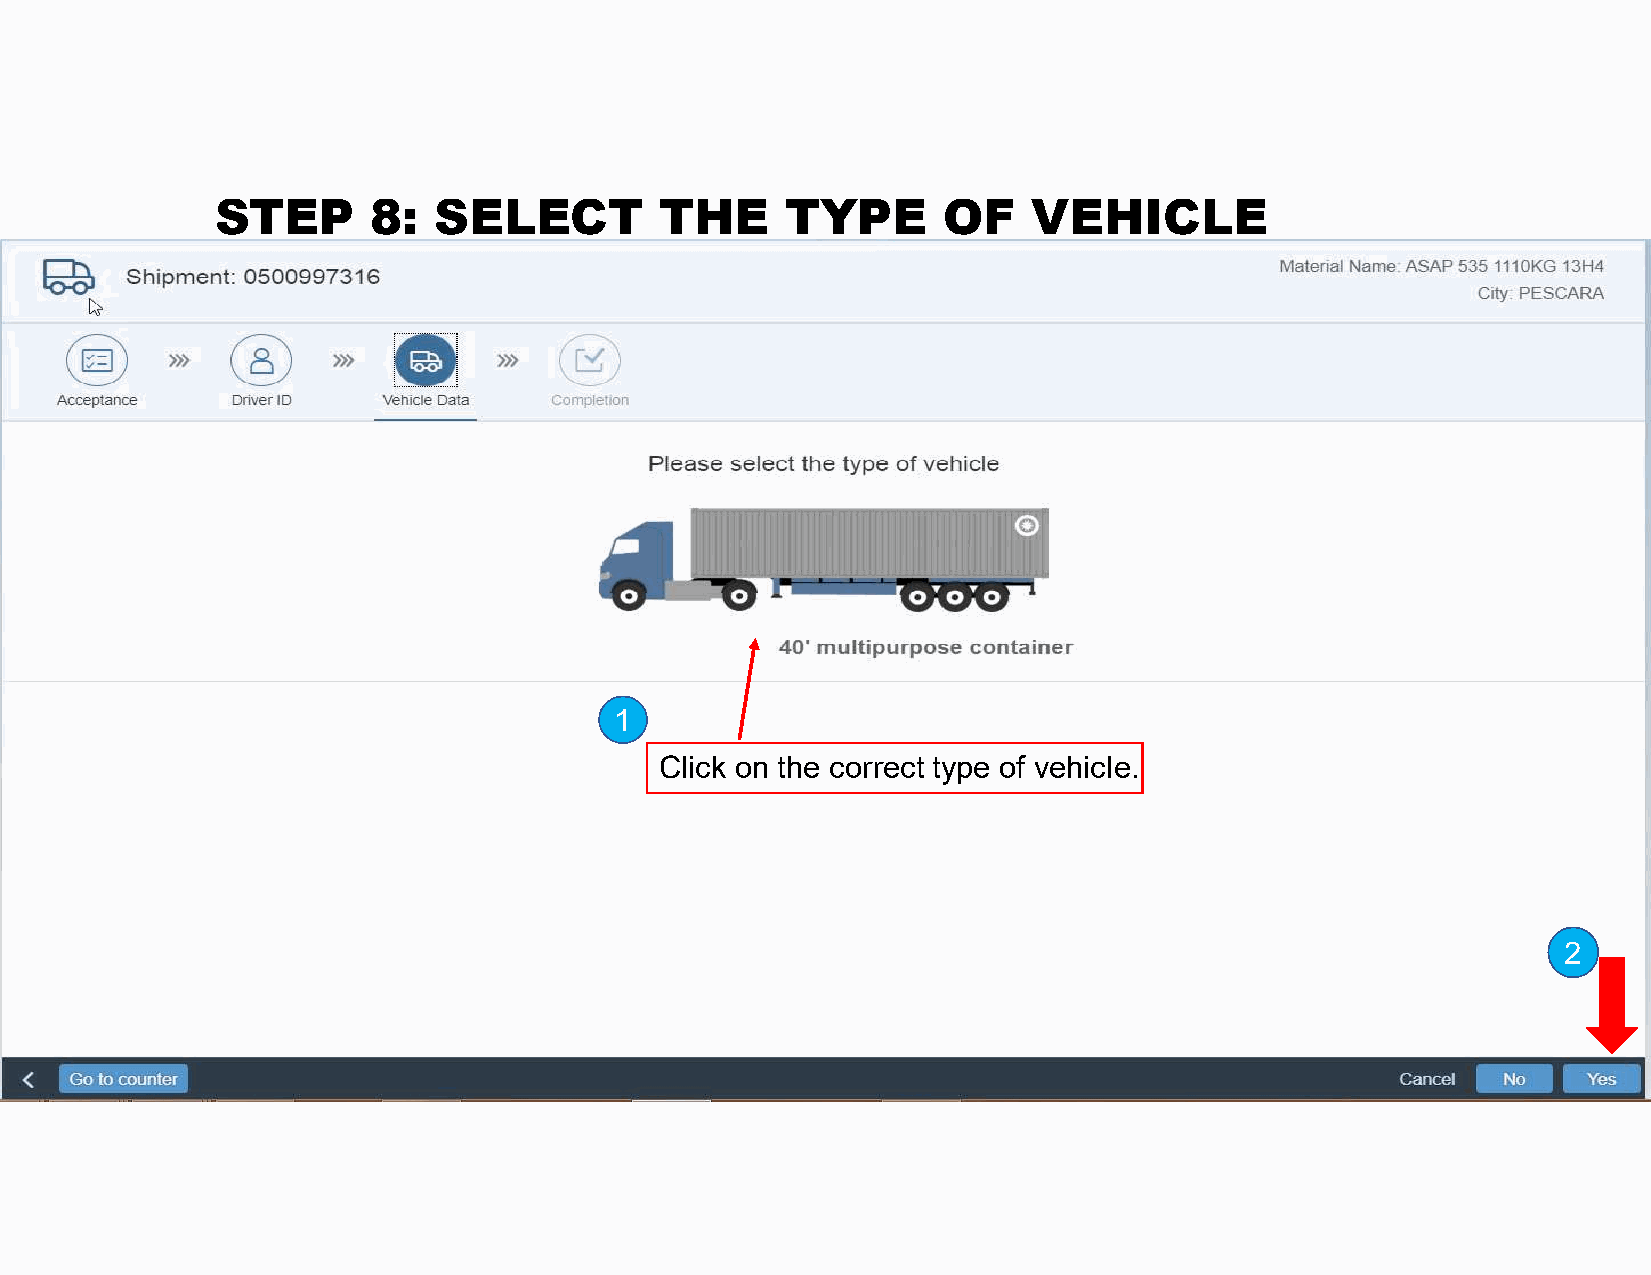
STEP       8:  SELECT         THE     TYPE      OF    VEHICLE
 1
 Click on the correct type of vehicle.
 2